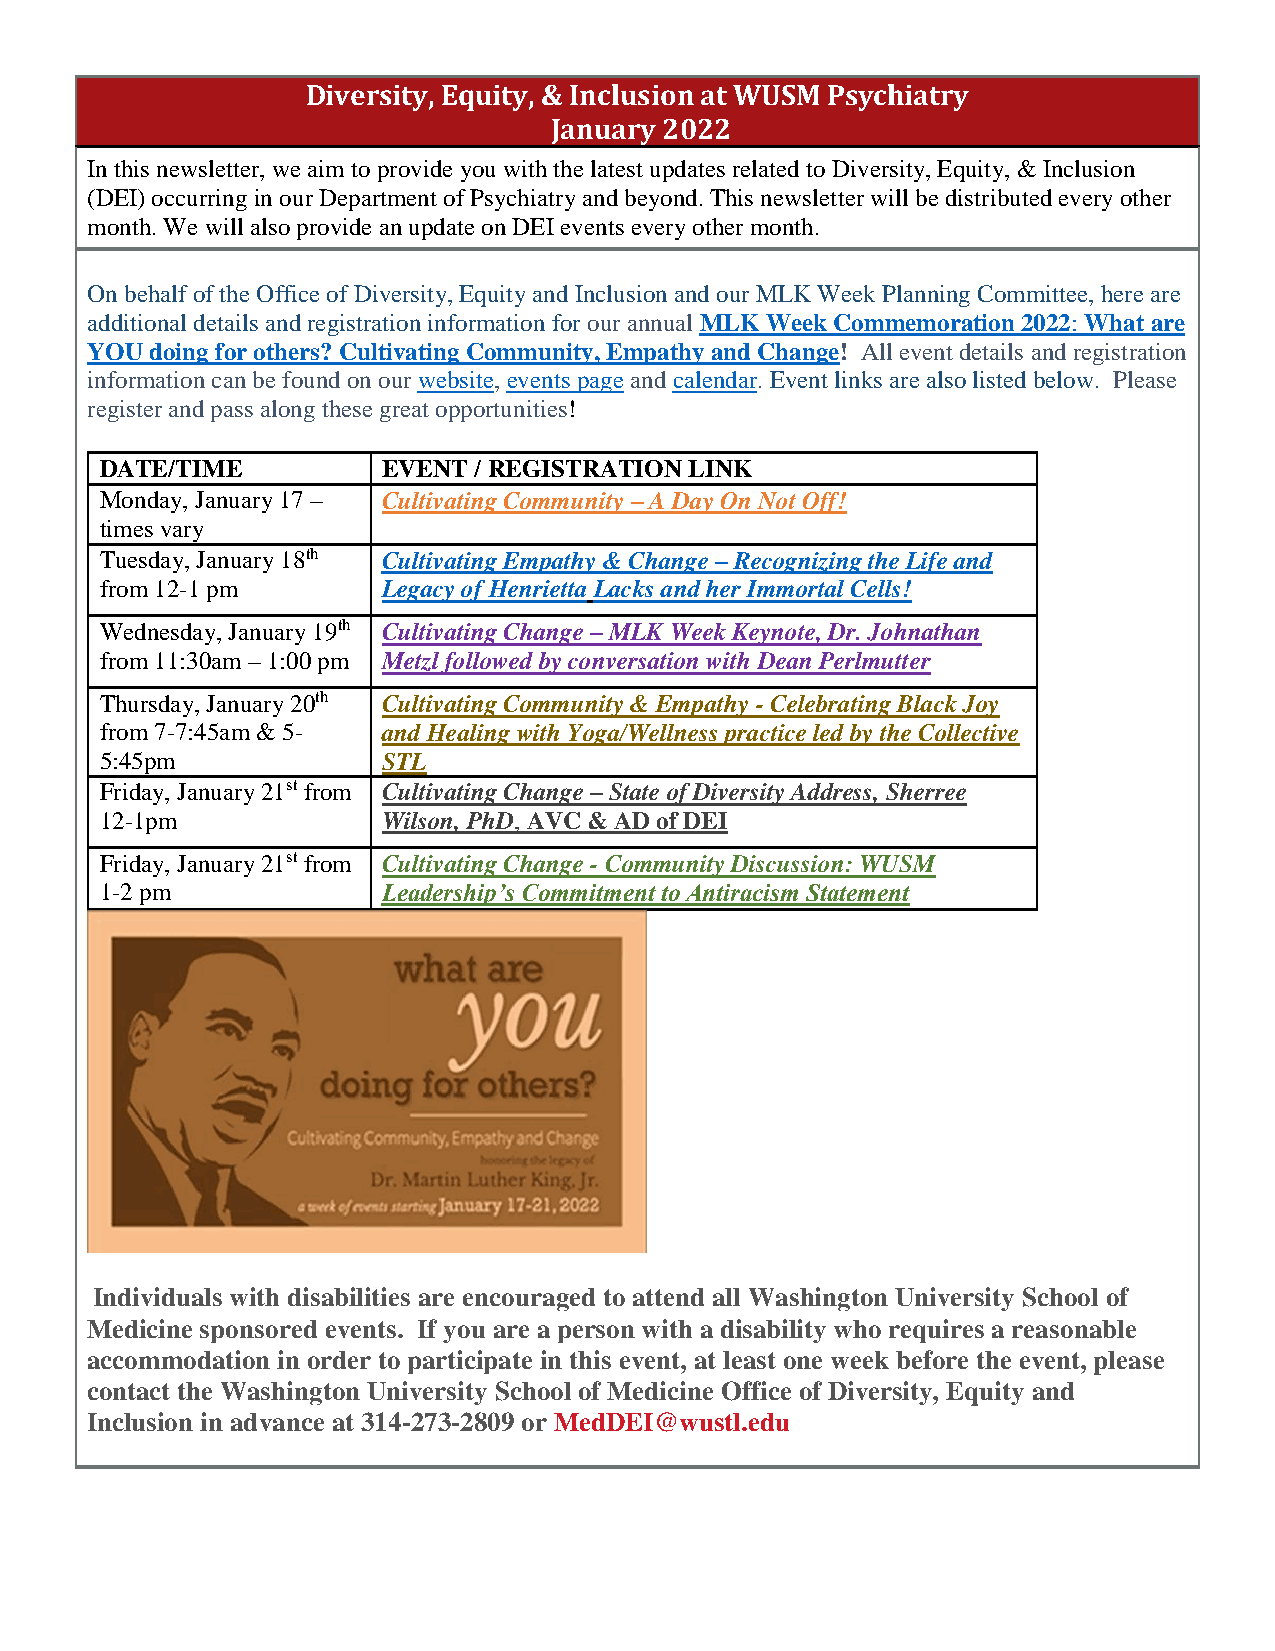
Diversity, Equity, & Inclusion at WUSM Psychiatry
 January 2022
 In this newsletter, we aim to provide you with the latest updates related to Diversity, Equity, & Inclusion
 (DEI) occurring in our Department of Psychiatry and beyond. This newsletter will be distributed every other
 month. We will also provide an update on DEI events every other month.
 On behalf of the Office of Diversity, Equity and Inclusion and our MLK Week Planning Committee, here are
 additional details and registration information for our annual MLK Week Commemoration 2022: What are
 YOU doing for others? Cultivating Community, Empathy and Change! All event details and registration
 information can be found on our website, events page and calendar. Event links are also listed below. Please
 register and pass along these great opportunities!
 DATE/TIME         EVENT / REGISTRATION LINK
 Monday, January 17 – Cultivating Community – A Day On Not Off!
 times vary
 Tuesday, January 18th Cultivating Empathy & Change – Recognizing the Life and
 from 12-1 pm      Legacy of Henrietta Lacks and her Immortal Cells!
 Wednesday, January 19th Cultivating Change – MLK Week Keynote, Dr. Johnathan
 from 11:30am – 1:00 pm Metzl followed by conversation with Dean Perlmutter
 Thursday, January 20th Cultivating Community & Empathy - Celebrating Black Joy
 from 7-7:45am & 5- and Healing with Yoga/Wellness practice led by the Collective
 5:45pm            STL
 Friday, January 21st from Cultivating Change – State of Diversity Address, Sherree
 12-1pm            Wilson, PhD, AVC & AD of DEI
 Friday, January 21st from Cultivating Change - Community Discussion: WUSM
 1-2 pm            Leadership’s Commitment to Antiracism Statement
 Individuals with disabilities are encouraged to attend all Washington University School of
 Medicine sponsored events. If you are a person with a disability who requires a reasonable
 accommodation in order to participate in this event, at least one week before the event, please
 contact the Washington University School of Medicine Office of Diversity, Equity and
 Inclusion in advance at 314-273-2809 or MedDEI@wustl.edu